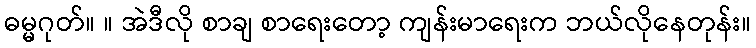
ဓမ္မဂုတ်။ ။ အဲဒီလို စာချ စာရေးတော့ ကျန်းမာရေးက ဘယ်လိုနေတုန်း။